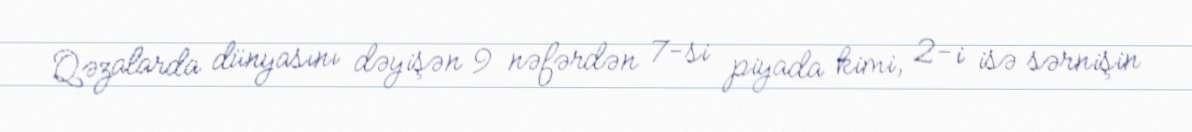
Qəzalarda dünyasını dəyişən 9 nəfərdən 7-si piyada kimi, 2-i isə sərnişin